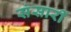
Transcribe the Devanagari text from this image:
संसारीं